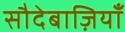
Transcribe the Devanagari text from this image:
सौदेबाज़ियाँ